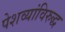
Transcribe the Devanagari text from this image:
पेशव्यांविरुद्ध